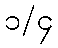
၁/၄